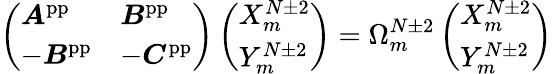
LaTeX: \left(\begin{array}{ll}{\boldsymbol{A}^{\mathrm{pp}}}&{\boldsymbol{B}^{\mathrm{pp}}}\\ {-\boldsymbol{B}^{\mathrm{pp}}}&{-\boldsymbol{C}^{\mathrm{pp}}}\end{array}\right)\left(\begin{array}{l}{X_{m}^{N\pm 2}}\\ {Y_{m}^{N\pm 2}}\end{array}\right)=\Omega_{m}^{N\pm 2}\left(\begin{array}{l}{X_{m}^{N\pm 2}}\\ {Y_{m}^{N\pm 2}}\end{array}\right)